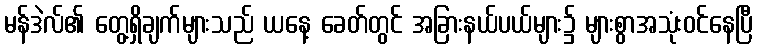
မန်ဒဲလ်၏ တွေ့ရှိချက်များသည် ယနေ့ ခေတ်တွင် အခြားနယ်ပယ်များ၌ များစွာအသုံးဝင်နေပြီ